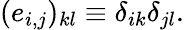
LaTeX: (e_{i,j})_{kl}\equiv\delta_{ik}\delta_{jl}.